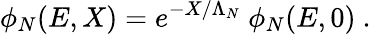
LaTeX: \phi_{N}(E,X)=e^{-X/\Lambda_{N}}~\phi_{N}(E,0)~.